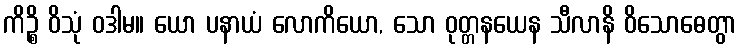
ကိဉ္စိ ဝိသုံ ဝဒါမ။ ယော ပနာယံ လောကိယော, သော ဝုတ္တနယေန သီလာနိ ဝိသောဓေတွာ